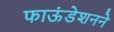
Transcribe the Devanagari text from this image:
फाऊंडेशनने